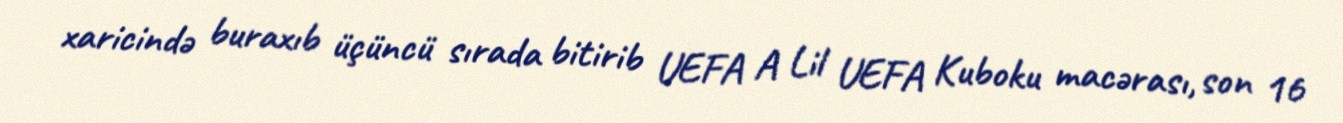
xaricində buraxıb üçüncü sırada bitirib UEFA A Lil UEFA Kuboku macərası, son 16